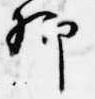
卿